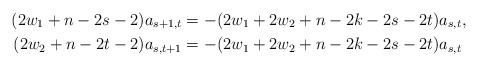
LaTeX: \begin{align*} (2w_1 + n - 2s - 2)a_{s+1,t} & = -(2w_1 + 2w_2 + n - 2k - 2s - 2t)a_{s,t} , \\ (2w_2 + n - 2t - 2)a_{s,t+1} & = -(2w_1 + 2w_2 + n - 2k - 2s - 2t)a_{s,t} \end{align*}